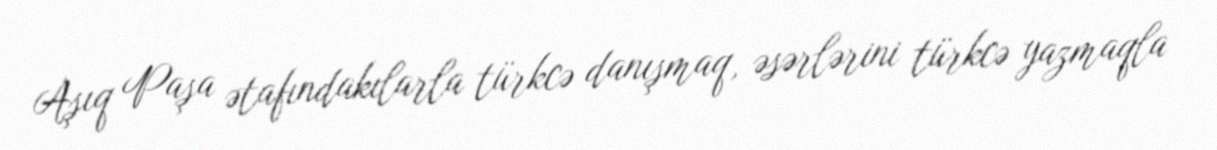
Aşıq Paşa ətafındakılarla türkcə danışmaq, əsərlərini türkcə yazmaqla